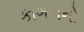
કાગળનો